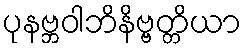
ပုနဗ္ဘဝါဘိနိဗ္ဗတ္တိယာ